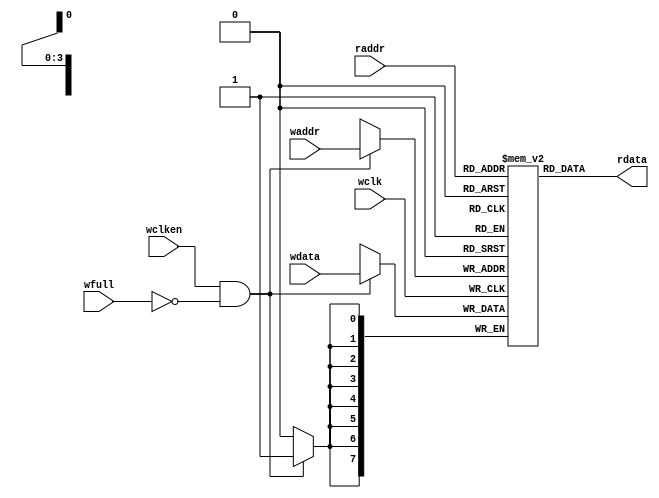
`timescale 1ns/1ps

module fifomem #(parameter  DATASIZE = 8, // Memory data word width
                 parameter  ADDRSIZE = 4) // Number of mem address bits
   (
    output wire  [DATASIZE-1:0] rdata,
    input  wire [DATASIZE-1:0] wdata,
    input  wire [ADDRSIZE-1:0] waddr,
    input  wire [ADDRSIZE-1:0] raddr,
    input  wire                wclken,
    input  wire                wfull,
    input  wire                wclk/*,
    input  wire                rclk*/
    );

   // RTL Verilog memory model
   localparam DEPTH = 1<<ADDRSIZE;
   reg [DATASIZE-1:0] 	  mem [0:DEPTH-1];

   assign rdata = mem[raddr];

   // NOTE: Modification to original aFifo needs testing!
   // NOTE: so this does not work. It introduces extra latency into the readout.
   // How do we fix it? I don't know.
   //always @(posedge rclk)
   //  rdata <= mem[raddr];

   always @(posedge wclk)
     if (wclken && !wfull) mem[waddr] <= wdata;

endmodule // fifomem